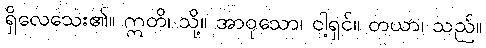
ရှိလေသေး၏။ ဣတိ၊ သို့။ အာဝုသော၊ ငါ့ရှင်။ တယာ၊ သည်။